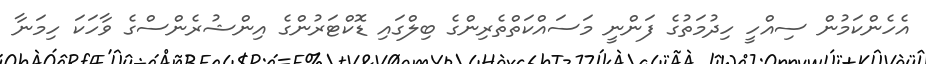
އެހެންކަމުން ސިއްހީ ހިދުމަތުގެ ފަންނީ މަސައްކަތްތެރިންގެ ބިލްގައި ޑޮކްޓަރުންގެ އިންޝުރެންސްގެ ވާހަކަ ހިމަނާ